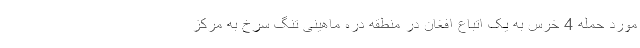
مورد حمله 4 خرس به یک اتباع افغان در منطقه دره ماهینی تنگ سرخ به مرکز